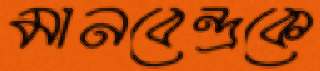
মানবেন্দ্রকে